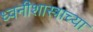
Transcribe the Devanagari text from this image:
ध्वनीशास्त्राच्या